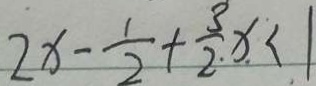
2 x - \frac { 1 } { 2 } + \frac { 3 } { 2 } x < 1